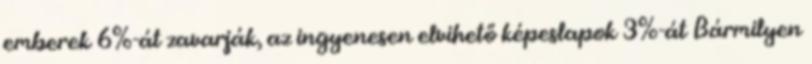
emberek 6%-át zavarják, az ingyenesen elvihető képeslapok 3%-át Bármilyen